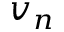
v _ { n }